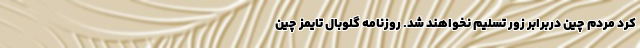
کرد مردم چین دربرابر زور تسلیم نخواهند شد. روزنامه گلوبال تایمز چین